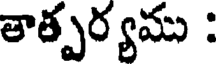
తార్పర్యము :